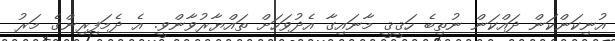
އުނިކަންކަން ދައްކަން ނުތިބެ ހަޤީޤީ މާނައިގާ އެދުވަހަށް ތައްޔާރުވާންވީ. އެ ދެމަފިރިންގެ މަރު